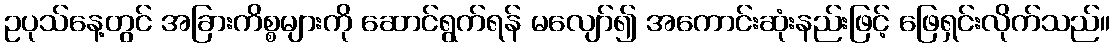
ဥပုသ်နေ့တွင် အခြားကိစ္စများကို ဆောင်ရွက်ရန် မလျော်၍ အကောင်းဆုံးနည်းဖြင့် ဖြေရှင်းလိုက်သည်။